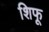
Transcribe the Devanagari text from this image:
शिफू